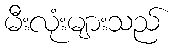
မီးလုံးများသည်